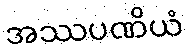
အဿပဏိယံ